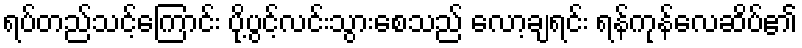
ရပ်တည်သင့်ကြောင်း ပို့ပွင့်လင်းသွားစေသည် လော့ချရင်း ရန်ကုန်လေဆိပ်၏